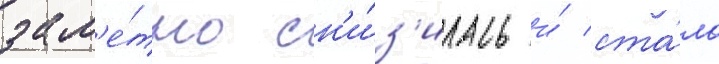
зам'е́тно сн'и́з'илась и́ ста́ла